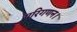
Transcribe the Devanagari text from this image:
परिगणन।